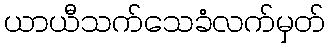
ယာယီသက်သေခံလက်မှတ်